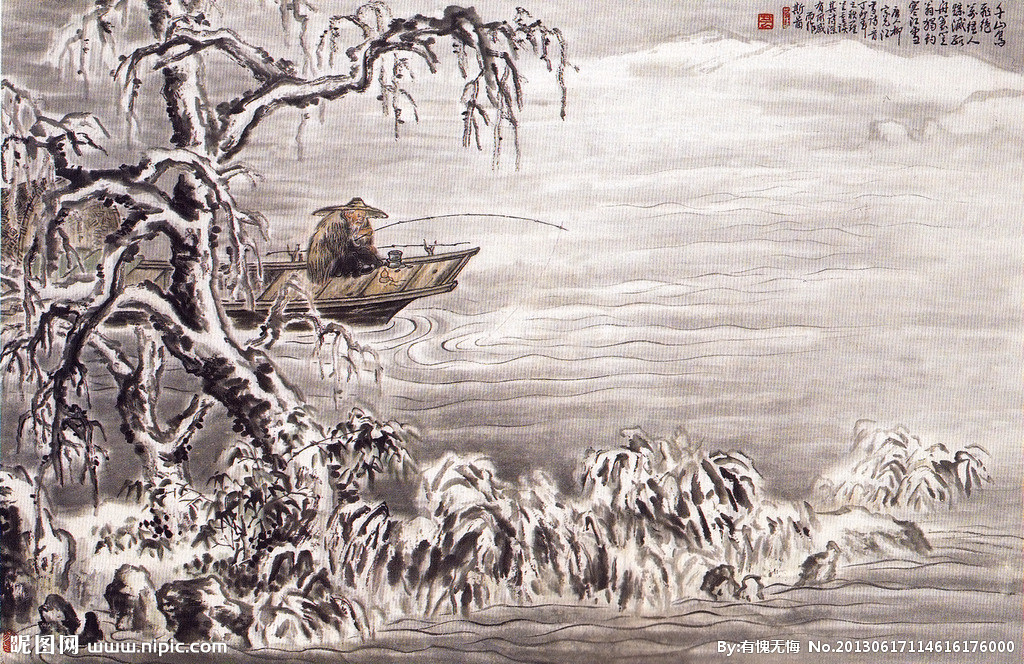
倚阑凝望，独立渔翁满江雪。